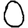
Digit: 0